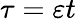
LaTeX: \tau=\varepsilon t